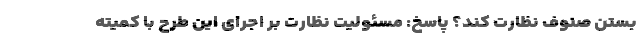
بستن صنوف نظارت کند؟ پاسخ: مسئولیت نظارت بر اجرای این طرح با کمیته